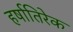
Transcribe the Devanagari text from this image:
हर्षातिरेक